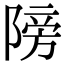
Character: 䧛